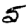
Digit: 5